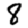
Digit: 8